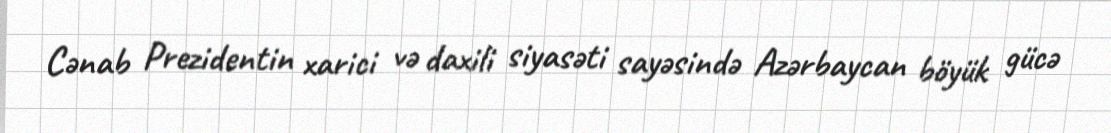
Cənab Prezidentin xarici və daxili siyasəti sayəsində Azərbaycan böyük gücə